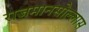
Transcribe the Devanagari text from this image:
राजमानसोल्लास